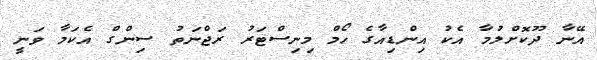
އޭނާ ދޫކޮށްލުމާ އެކު އިންޑިއާގެ ހޯމް މިނިސްޓަރު ރަޖްނަތު ސިންގް އެކަމާ ވަނީ